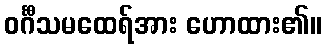
ဝင်္ဂီသမထေရ်အား ဟောထား၏။